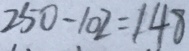
2 5 0 - 1 0 2 = 1 4 8